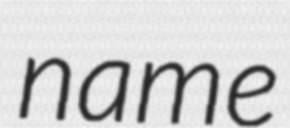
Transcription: name